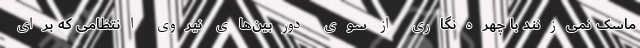
ماسک نمی‌زنند با چهره‌نگاری از سوی دوربین‌های نیروی انتظامی که برای